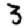
Digit: 3